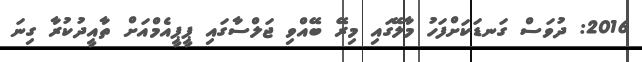
2016: ދުވަސް ގަނޑަކަށްފަހު މާލޭގައި މިރޭ ބޭއްވި ޖަލްސާގައި ޕީޕީއެމްއަށް ތާއީދުކުރާ ގިނަ